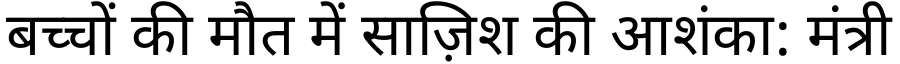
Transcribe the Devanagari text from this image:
बच्चों की मौत में साज़िश की आशंका: मंत्री